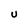
Character: U